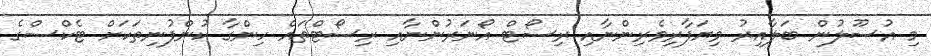
މި އުސޫލުން ބަލާއިރު ވިޔަފާރިވެރިންނާއި ރިސޯޓް އޯނަރުންނާއި ރިސޯޓްތައް ހިންގާ ކުންފުނިތަކަށް ޓެކްސްގެ